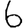
Digit: 6